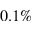
0 . 1 \%